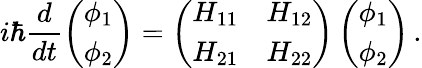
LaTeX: i\hbar\frac{d}{dt}\left(\begin{array}{l}{\phi_{1}}\\ {\phi_{2}}\end{array}\right)=\left(\begin{array}{ll}{H_{11}}&{H_{12}}\\ {H_{21}}&{H_{22}}\end{array}\right)\left(\begin{array}{l}{\phi_{1}}\\ {\phi_{2}}\end{array}\right)\, .